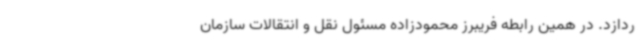
ردازد. در همین رابطه فریبرز محمودزاده مسئول نقل و انتقالات سازمان